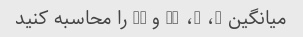
میانگین 5، 8، 10 و 12 را محاسبه کنید